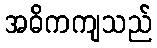
အဓိကကျသည်